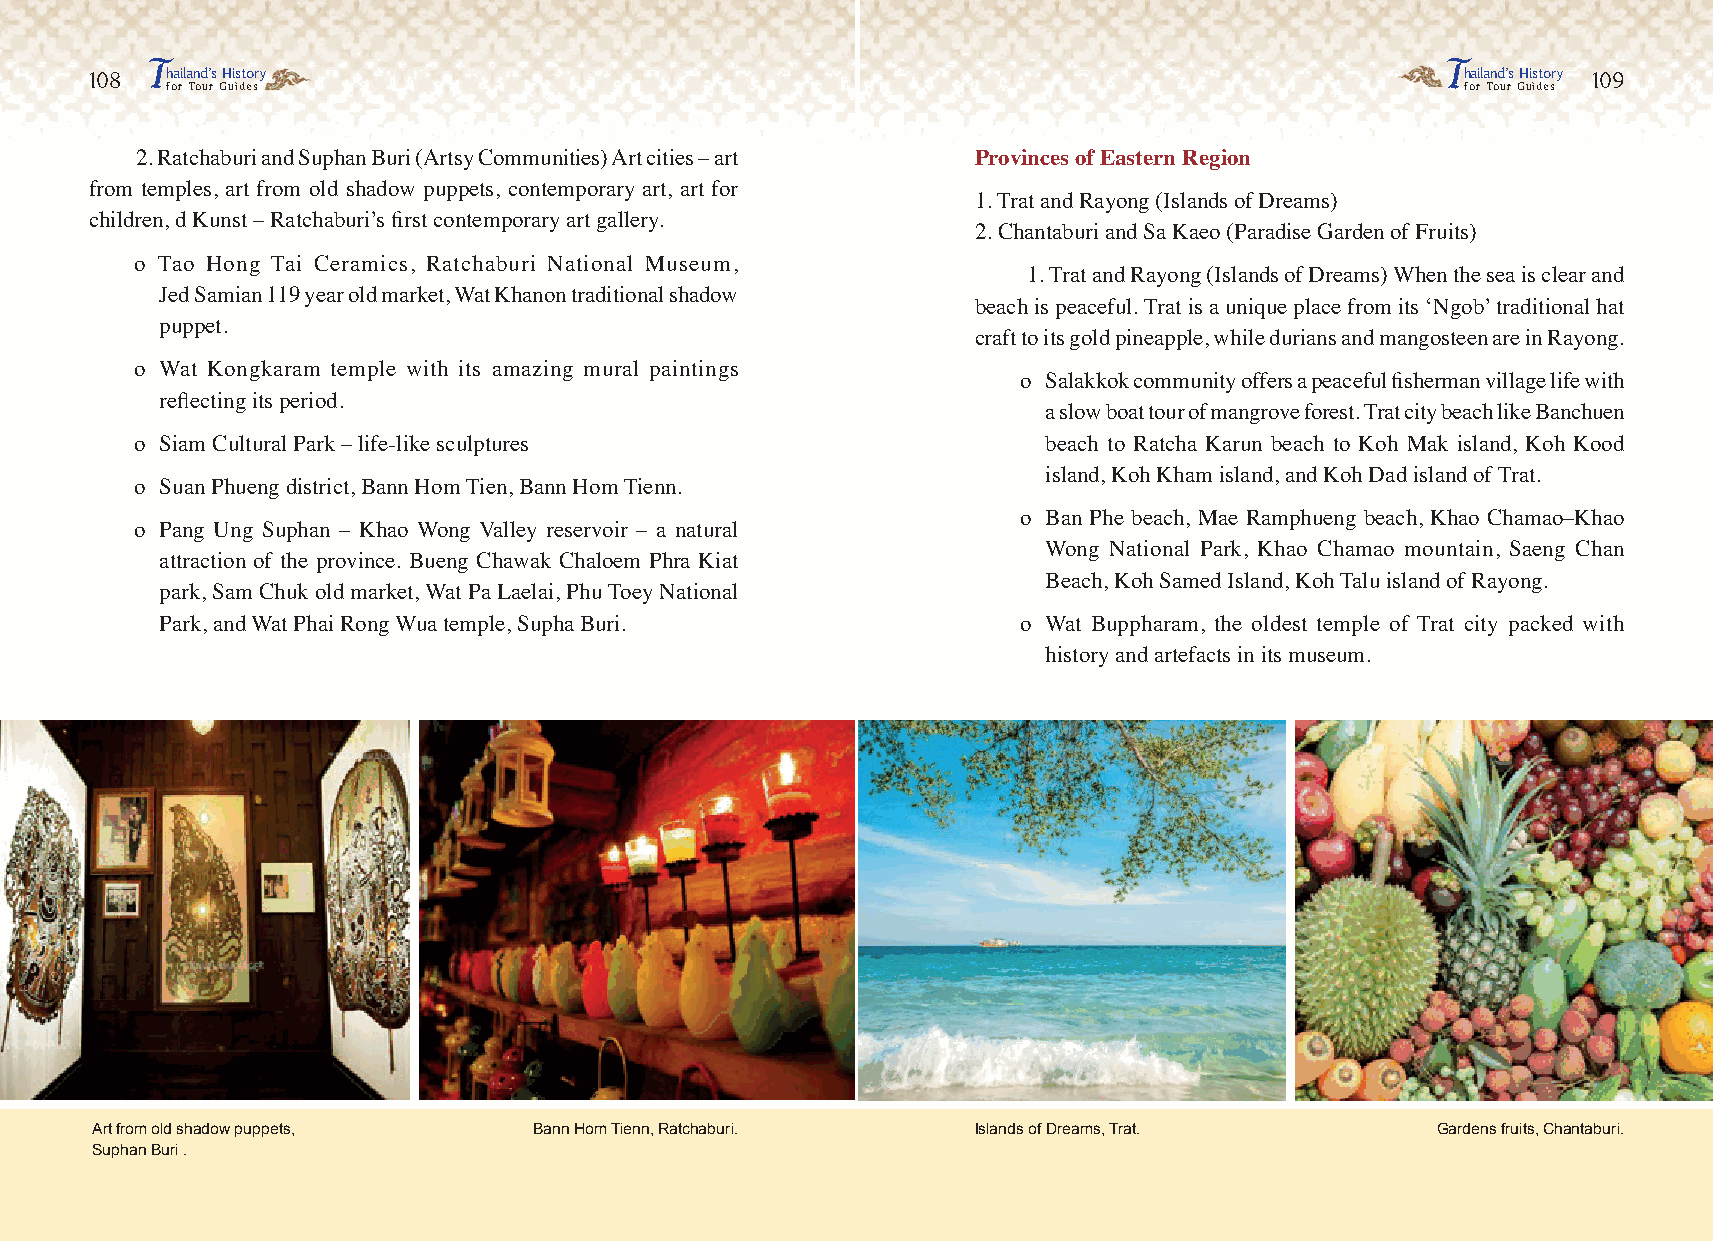
T                                                                                     T
 108  hailand’s History                                                                     hailand’s History 109
 for Tour Guides                                                                       for Tour Guides
 2. Ratchaburi and Suphan Buri (Artsy Communities) Art cities – art Provinces of Eastern Region
 from temples, art from old shadow puppets, contemporary art, art for
 1. Trat and Rayong (Islands of Dreams)
 children, d Kunst – Ratchaburi’s first contemporary art gallery.
 2. Chantaburi and Sa Kaeo (Paradise Garden of Fruits)
 o Tao Hong Tai Ceramics, Ratchaburi National Museum,
 1. Trat and Rayong (Islands of Dreams) When the sea is clear and
 Jed Samian 119 year old market, Wat Khanon traditional shadow
 beach is peaceful. Trat is a unique place from its ‘Ngob’ traditional hat
 puppet.
 craft to its gold pineapple, while durians and mangosteen are in Rayong.
 o Wat Kongkaram temple with its amazing mural paintings
 o Salakkok community offers a peaceful fisherman village life with
 reflecting its period.
 a slow boat tour of mangrove forest. Trat city beach like Banchuen
 o Siam Cultural Park – life-like sculptures                 beach to Ratcha Karun beach to Koh Mak island, Koh Kood
 island, Koh Kham island, and Koh Dad island of Trat.
 o Suan Phueng district, Bann Hom Tien, Bann Hom Tienn.
 o Ban Phe beach, Mae Ramphueng beach, Khao Chamao–Khao
 o Pang Ung Suphan – Khao Wong Valley reservoir – a natural
 Wong National Park, Khao Chamao mountain, Saeng Chan
 attraction of the province. Bueng Chawak Chaloem Phra Kiat
 Beach, Koh Samed Island, Koh Talu island of Rayong.
 park, Sam Chuk old market, Wat Pa Laelai, Phu Toey National
 Park, and Wat Phai Rong Wua temple, Supha Buri.          o Wat Buppharam, the oldest temple of Trat city packed with
 history and artefacts in its museum.
 Art from old shadow puppets, Bann Hom Tienn, Ratchaburi.   Islands of Dreams, Trat.      Gardens fruits, Chantaburi.
 Suphan Buri .